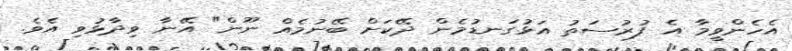
އެހެންވީމާ އެ ފުރުސަތު އަޅުގަނޑުމެން ދޭކަށް ބޭނުމެއް ނޫން" އޭނާ ވިދާޅުވި އެވެ.